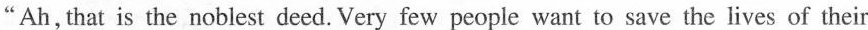
"Ah, that is the noblest deed. Very few people want to save the lives of their